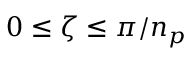
0 \leq \zeta \leq \pi / n _ { p }